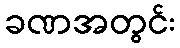
ခဏအတွင်း